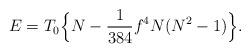
LaTeX: \begin{align*}E=T_0\Bigl\{N-\frac{1}{384}f^4 N(N^2-1)\Bigr\}.\end{align*}